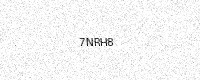
Text: 7NRH8